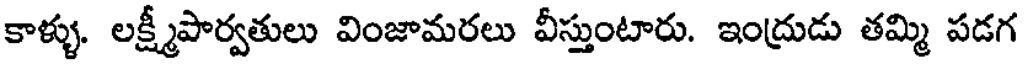
కాళ్ళు. లక్ష్మీపార్వతులు వింజామరలు వీస్తుంటారు. ఇంద్రుడు తమ్మి పడగ